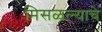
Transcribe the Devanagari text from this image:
मिसळल्याचे